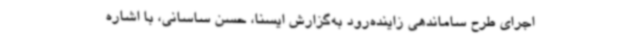
اجرای طرح ساماندهی زاینده‌رود به‌گزارش ایسنا، حسن ساسانی، با اشاره